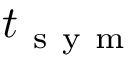
t _ { \mathrm { ~ s ~ y ~ m ~ } }